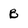
Character: B